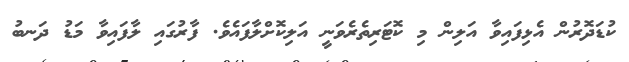
ކުޑަދޮރުން އެޅިފައިވާ އަލިން މި ކޮޓަރިތެރެވަނީ އަލިކޮށްލާފައެވެ. ފާރުގައި ލާފައިވާ މަޑު ދަނބު